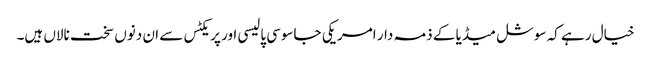
خیال رہے کہ سوشل میڈیا کے ذمہ دار امریکی جاسوسی پالیسی اور پریکٹس سے ان دنوں سخت نالاں ہیں۔